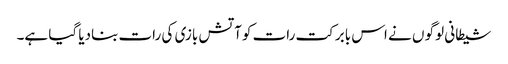
شیطانی لوگو ں نے اس بابرکت رات کوآتش بازی کی رات بنادیا گیا ہے۔